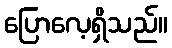
ပြောလေ့ရှိသည်။